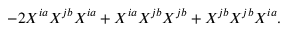
- 2 X ^ { i a } X ^ { j b } X ^ { i a } + X ^ { i a } X ^ { j b } X ^ { j b } + X ^ { j b } X ^ { j b } X ^ { i a } .